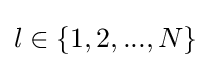
l\in \{1,2,...,N\}